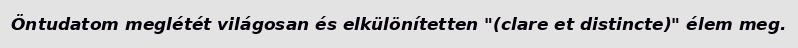
Öntudatom meglétét világosan és elkülönítetten "(clare et distincte)" élem meg.